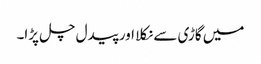
میں گاڑی سے نکلا اور پیدل چل پڑا۔